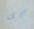
كل